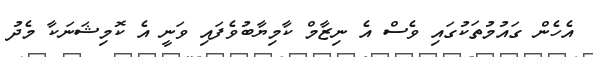
އެހެން ގައުމުތަކުގައި ވެސް އެ ނިޒާމް ކާމިޔާބުވެފައި ވަނީ އެ ކޮމިޝަނަކާ މެދު